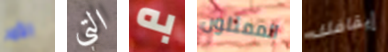
الأمر التي به الممثلون إيقافك